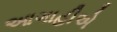
આગાહીએ